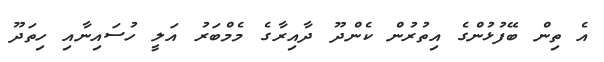
އެ ތިން ބޭފުޅުންގެ އިތުރުން ކެންދޫ ދާއިރާގެ މެމްބަރު އަލީ ހުސައިނާއި ހިތަދޫ